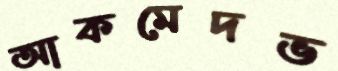
আকমেদভ